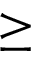
\ge